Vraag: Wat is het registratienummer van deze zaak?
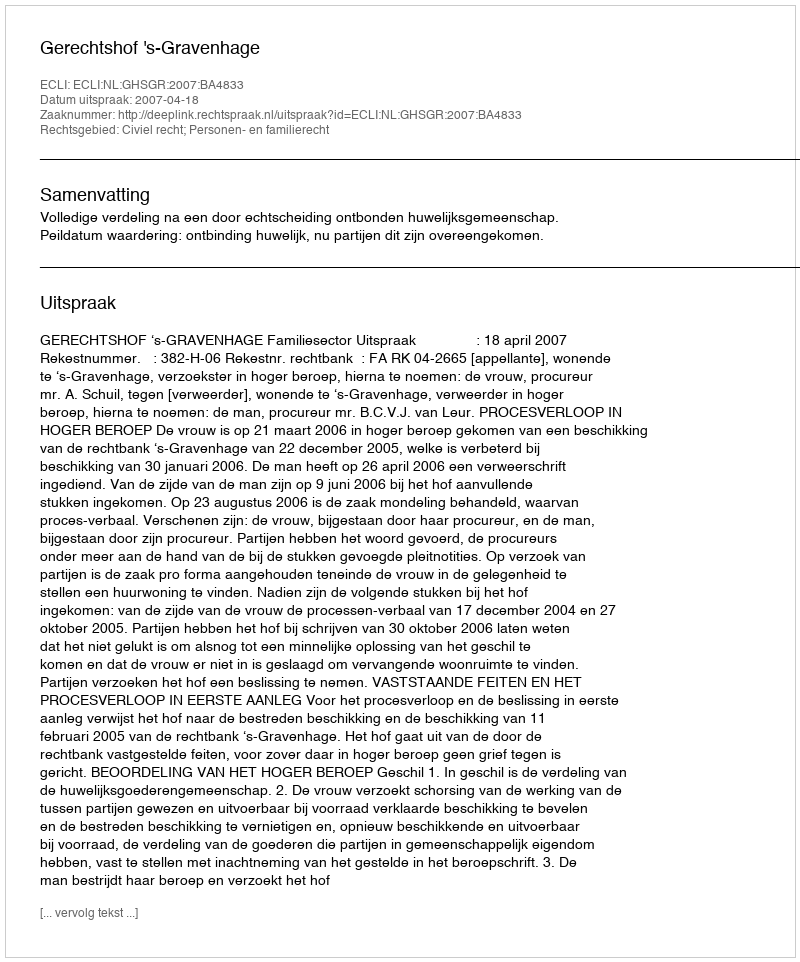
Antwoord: http://deeplink.rechtspraak.nl/uitspraak?id=ECLI:NL:GHSGR:2007:BA4833